Annual report on the working of the lock hospitals in the Central Provinces
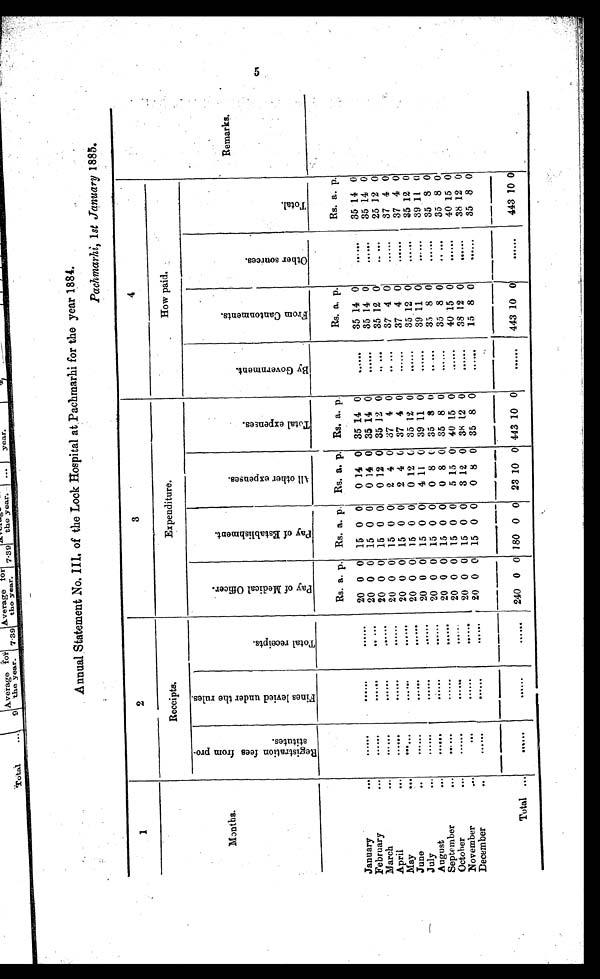
Annual Statement No. III of the Lock Hospital at Pachmarhi for the year 1884.
Pachmarhi, 1st January 1885.
1
2
3
4
Remarks.
Months.
Receipts.
Expenditure.
How paid.
R e g i s t r a t i o n f e e s f r o m p r o - s t i t u t e s .
F i n e s l e v i e d u n d e r t h e r u l e s .
T o t a l r e c e i p t s .
p a y o f M e d i c a l O f f i c e r .
P a y o f E s t a b l i s h m e n t .
A l l o t h e r e x p e n s e s .
T o t a l e x p e n s e s .
B y G o v e r n m e n t .
F r o m C a n t o n m e n t s .
O t h e r s o u r c e s .
T o t a l .
Rs. a. p. Rs. a. p. Rs. a. p. Rs. a. p.
Rs. a. p.
Rs. a. p.
January
...
......
. . . . . .
......
20 0 0 15 0 0
0 14 0 35 14 0
......
35 14 0
......
35 14 0
February
...
......
. . . . . . ......
20 0 0 15 0 0
0 14 0 35 14 0
......
35 14 0
......
35 14 0
March
...
. . . . . .
......
......
20 0 0 15 0 0
0 12 0 35 12 0
.....
35 12 0
.....
25 12 0
April
. . . ......
......
. . . . . . 20 0 0 15 0 0
2 4 0 37 4 0
.....
37 4 0
......
37 4 0
May...
......
. . . . . .
......
20 0 0 15 0 0
2 4 0 37 4 0
......
37 4 0
......
37 4 0
June
..
......
. . . . . .
. . . . . . 20 0 0 15 0 0
0 12 0 35 12 0
......
3 5 1 2 0
......
35 12 0
July
... ......
......
......
20 0 0 15 0 0
4 11 0 39 11 0
......
39 11 0
......
39 11
0
August
... ......
......
. . . . . . 20 0 0 15 0 0
0 8
0 35 8 0
. . . . . . 35 8 0
,.....
35 8 0
September
...
. . . . . .
............
20 0 0 15 0 0
0 8 0 35 8 0
. . . . . . 35 8 0
.....
35 8 0
October
... ......
. . . . . .
. . . . . . 20 0 0 15 0 0
5 15 0 40 15 0
......
40 15 0
......
40 15 0
November
...
...
......
......
20 0 0 15 0 0
3 12 0 38 12 0
......
38 12 0
...... 38 12 0
December
..
. . . . . .
. . . . . .
. . . . . . 20
0
0 15 0 0
0 8 0 35 8 0
. . . . . .
15 8 0
......
35 8 0
Total ... ......
......
......
240 0 0 180 0 0 23 10 0 443 10 0
. . . . . .
443 10 0
......
443 10 0